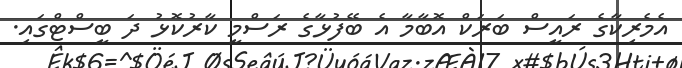
އެމެރިކާގެ ރައީސް ބަރަކް އޮބާމާ އެ ބޭފުޅާގެ ރަސްމީ ކާރުކޮޅު ދަ ބީސްޓްގައި.